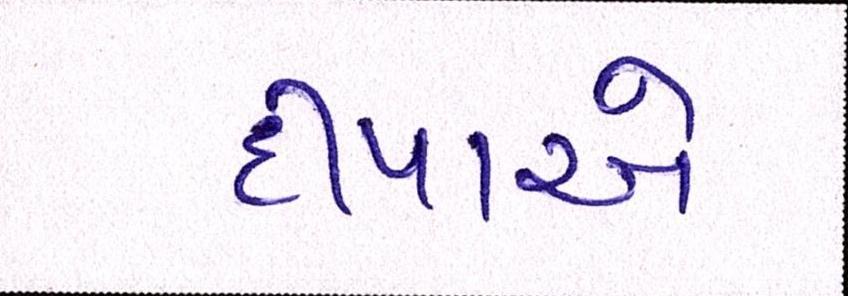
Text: દીપાએ